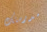
مدرستك